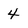
Character: 4